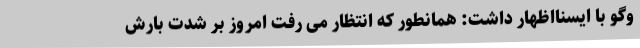
وگو با ایسنااظهار داشت: همانطور که انتظار می رفت امروز بر شدت بارش